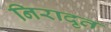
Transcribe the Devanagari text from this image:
निरादृत